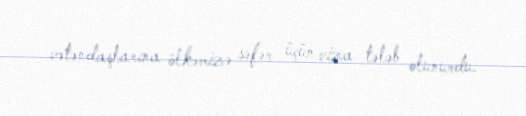
vətəndaşlarına ölkəmizə səfər üçün viza tələb olunurdu.